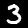
Label: 3